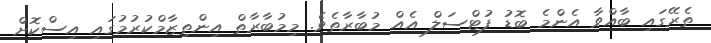
ތެރޭގައި ބާއްވާ އެންމެ ބޮޑު ފުޓްސަލް އެއް މުބާރާތެވެ. މިމުބާރާތް އިންތިޒާމްކުރުމުގައި އިސްކޮށް